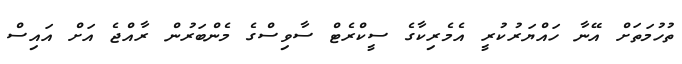
ތުހުމަތަށް އޭނާ ހައްޔަރުކުރީ އެމެރިކާގެ ސީކްރެޓް ސާވިސްގެ މެންބަރުން ރާއްޖެ އަށް އައިސް